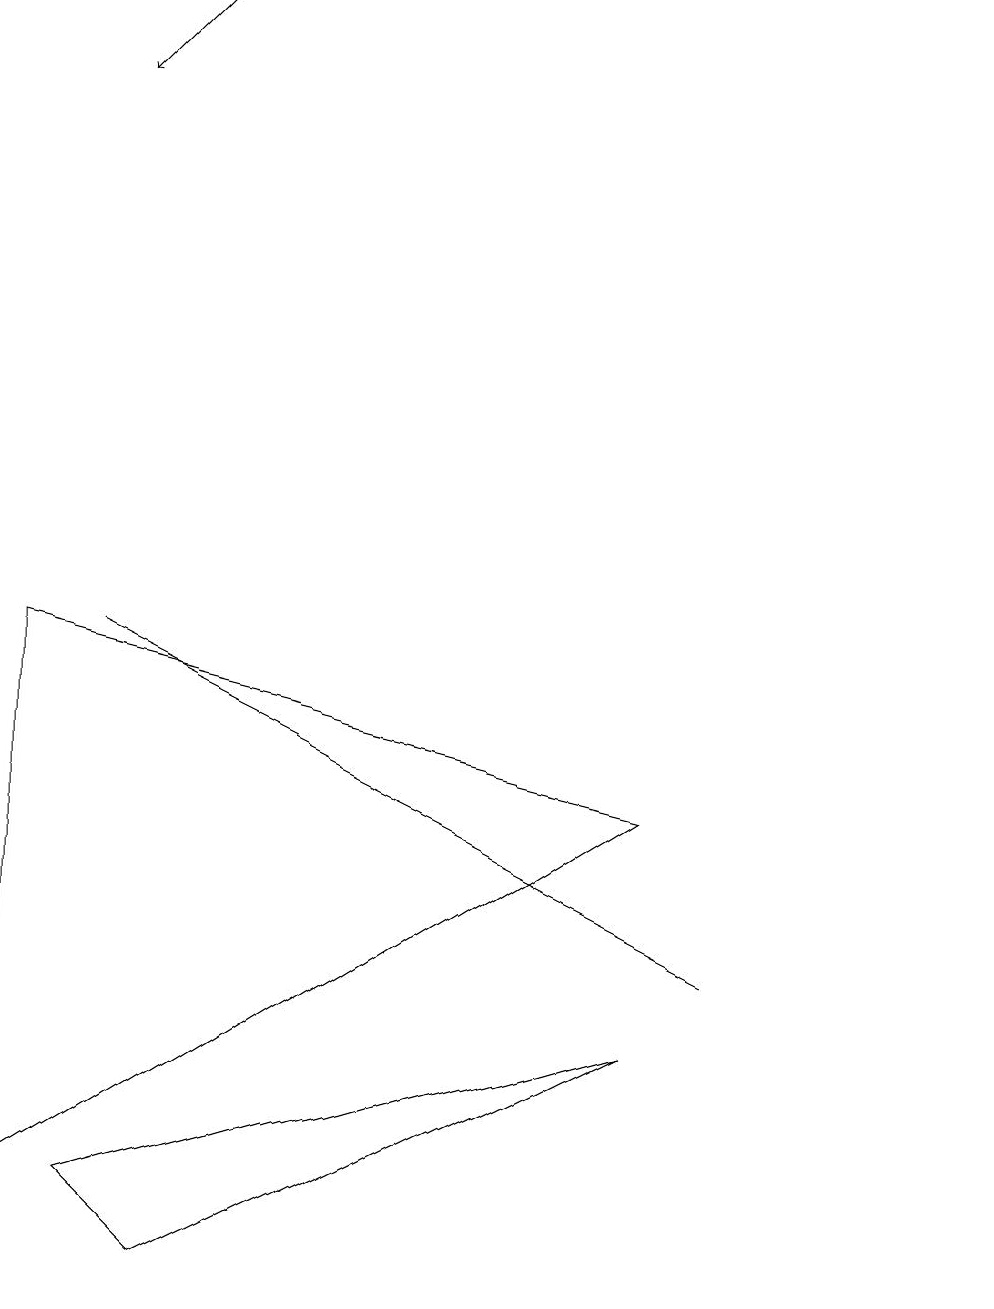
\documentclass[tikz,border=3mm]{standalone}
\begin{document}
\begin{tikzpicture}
\draw (0,8) -- (0,1) -- (8,6) -- cycle;
\draw (12,11) circle (0);
\draw (2,0) -- (1,1) -- (8,3) -- cycle;
\draw[->] (2,16) -- (1,15);
\draw (7,5) -- (9,4) -- (1,8) -- cycle;
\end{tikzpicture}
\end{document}